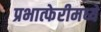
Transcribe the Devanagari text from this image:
प्रभात्फेरीमध्ये